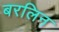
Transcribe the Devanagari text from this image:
बरलिन